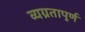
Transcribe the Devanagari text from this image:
व्यग्रतापूर्ण